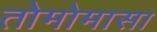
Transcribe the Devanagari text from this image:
तोमोमासा